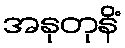
အနုတုနိံ